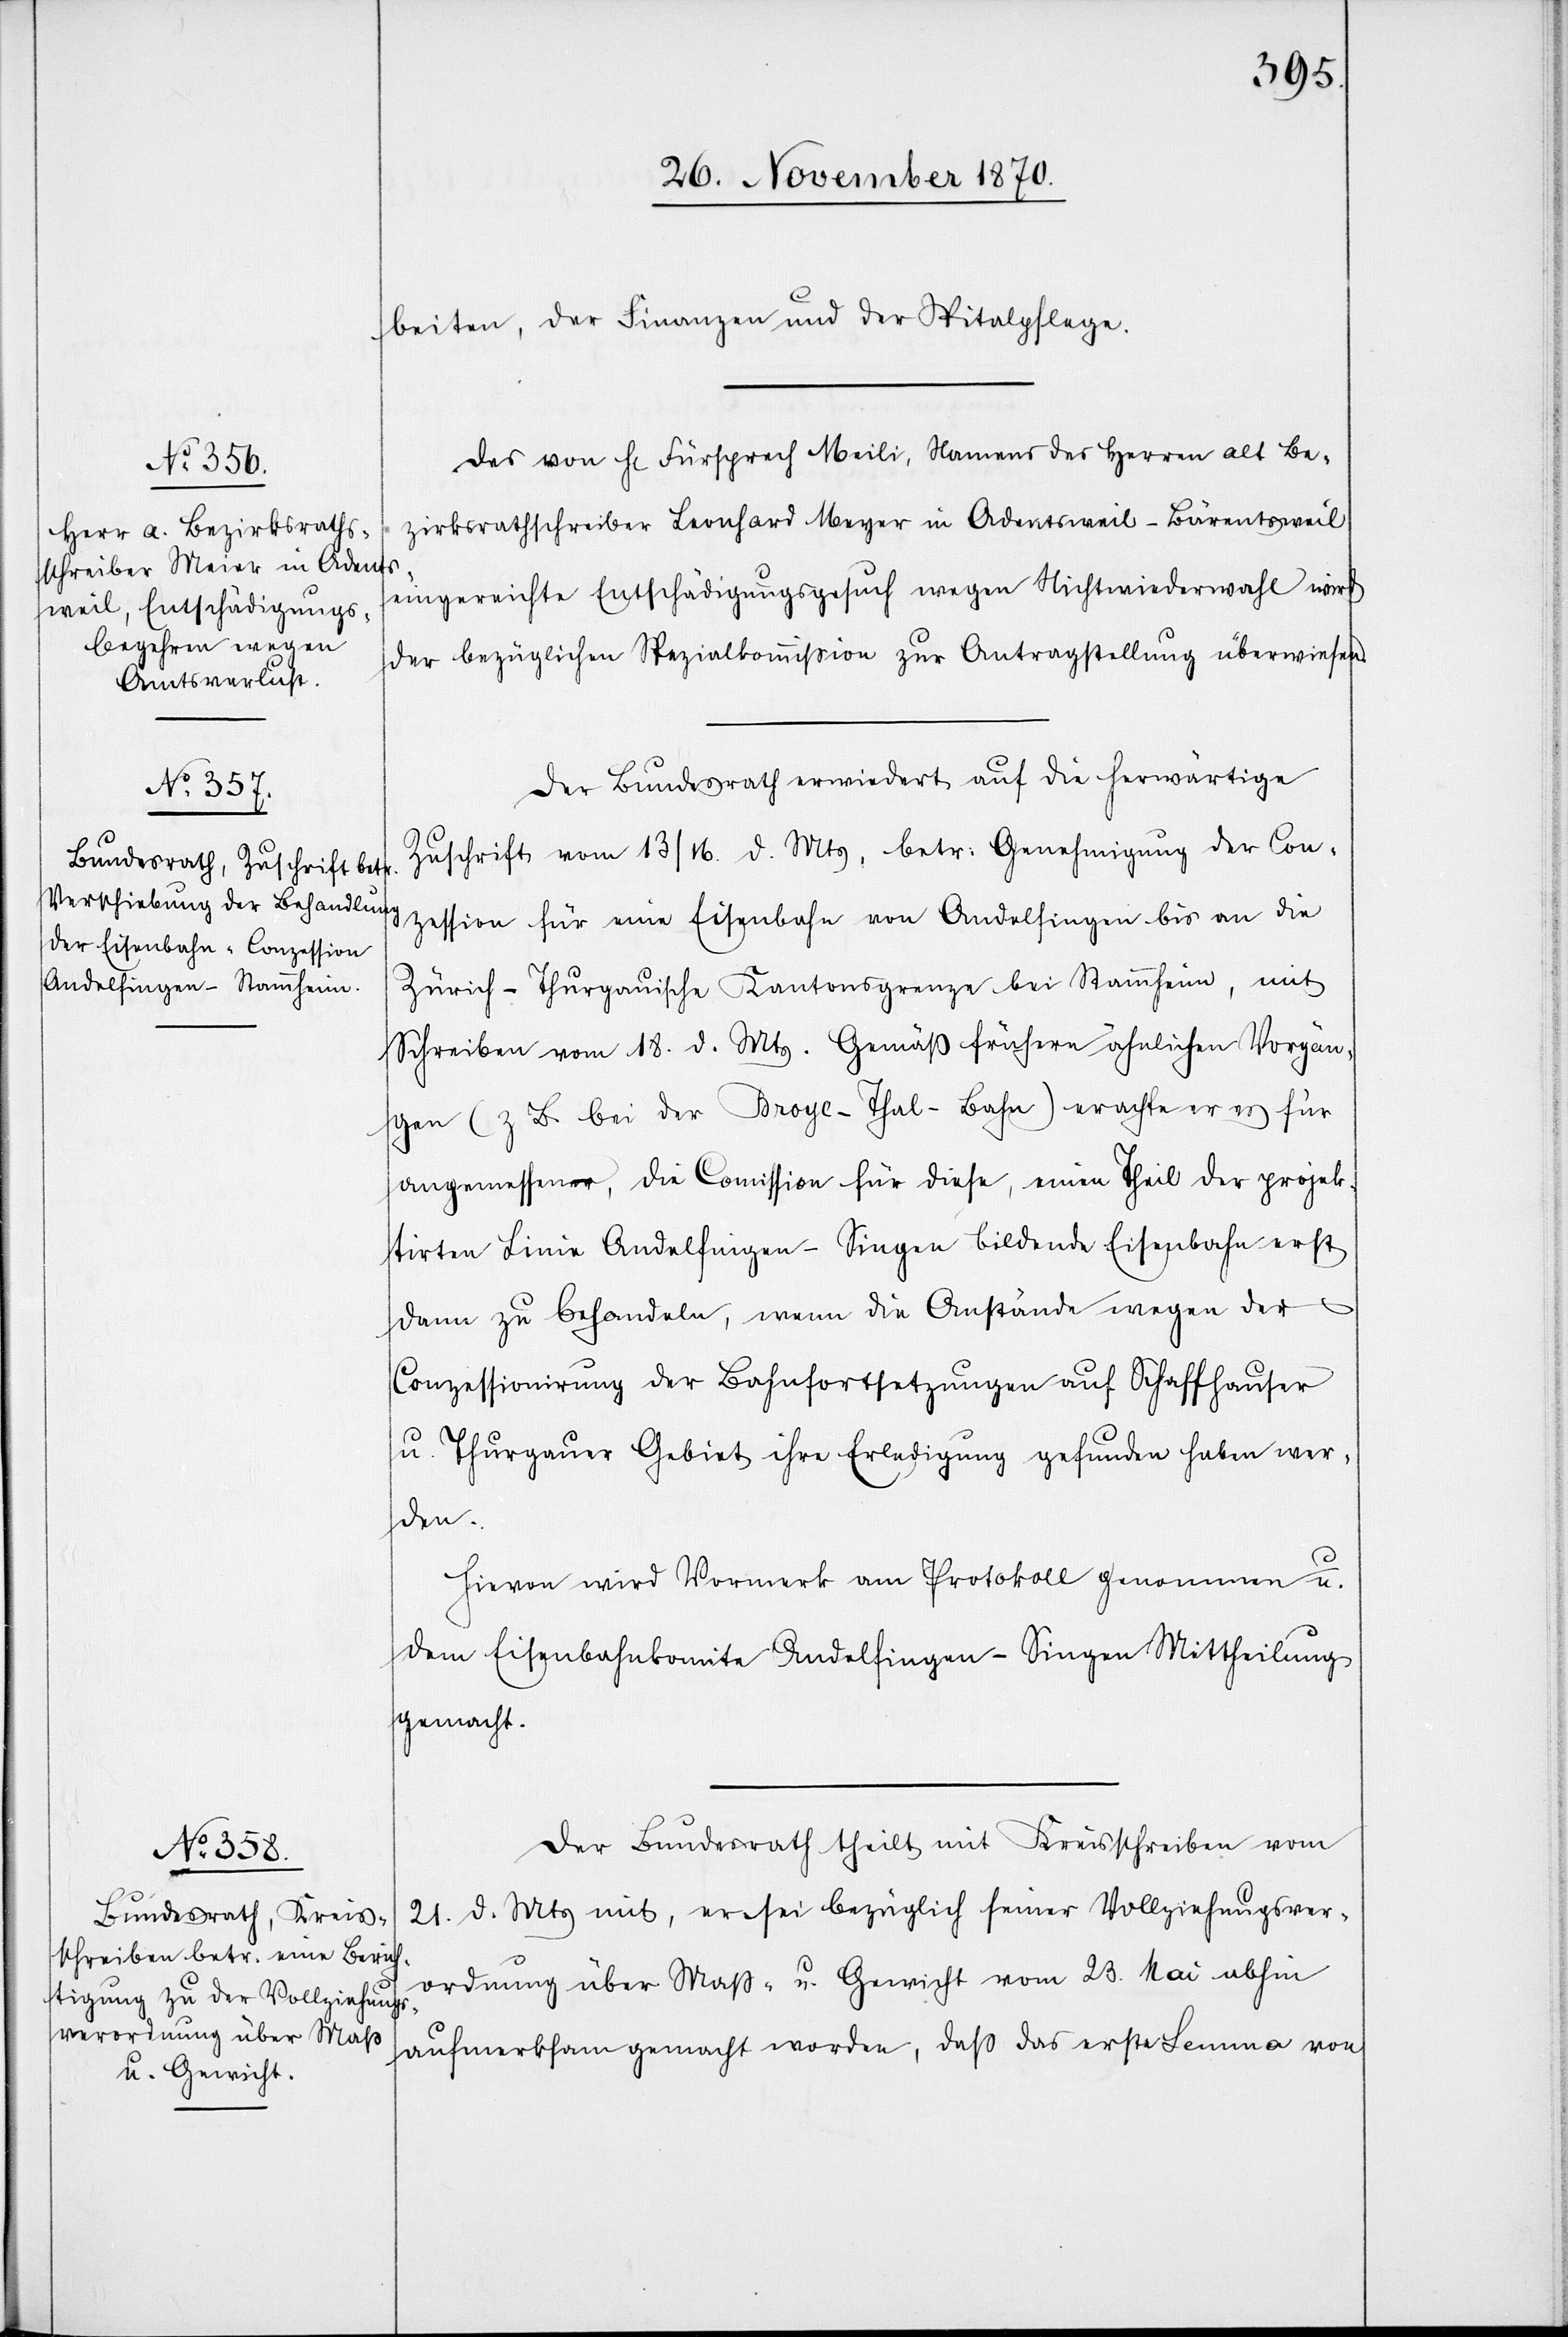
beiten, der Finanzen und der Spitapflege.
Das von H[errn] Fürsprech Meili, Namens des Herren alt Be¬
zirksrathschreiber Leonhard Meyer [sic!] in Adentsweil - Bärentsweil
eingereichte Entschädigungsgesuch wegen Nichtwiederwahl wird
der bezüglichen Spezialkommißion zur Antragstellung überwiesen.
Der Bundesrath erwiedert auf die herwärtige
Zuschrift vom 13. / 16. d. Mts, betr. Genehmigung der Con¬
zession für eine Eisenbahn von Andelfingen bis an die
Zürich-thurgauische Kantonsgrenze bei Stammheim, mit
Schreiben vom 18. d. Mts. Gemäß frühern gleichen Vorgän¬
gen (z. B. bei der Broye-Thal-Bahn) erachte er es für
angemessener, die Commission für diese, einen Theil der projek¬
tirten Linie Andelfingen–Singen bildende Eisenbahn erst
dann zu behandeln, wenn die Anstände wegen der
Conzessionirung der Bahnfortsetzungen auf Schaffhauser
u. Thurgauer Gebiet ihre Erledigung gefunden haben wer¬
den.
Hievon wird Vormerk am Protokoll genommen u.
dem Eisenbahnkomite Andelfingen–Singen Mittheilung
gemacht.
Der Bundesrath theilt mit Kreisschreiben vom
21. d. Mts mit, er sei bezüglich seiner Vollziehungsver¬
ordnung über Maß u. Gewicht vom 23. Mai abhin
aufmerksam gemacht worden, daß das erste Lemma von